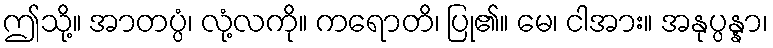
ဤသို့။ အာတပ္ပံ၊ လုံ့လကို။ ကရောတိ၊ ပြု၏။ မေ၊ ငါအား။ အနုပ္ပန္နာ၊